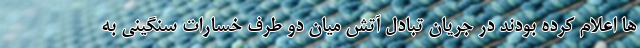
ها اعلام کرده بودند در جریان تبادل آتش میان دو طرف خسارات سنگینی به